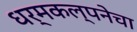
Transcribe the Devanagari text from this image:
धर्मकल्पनेचा